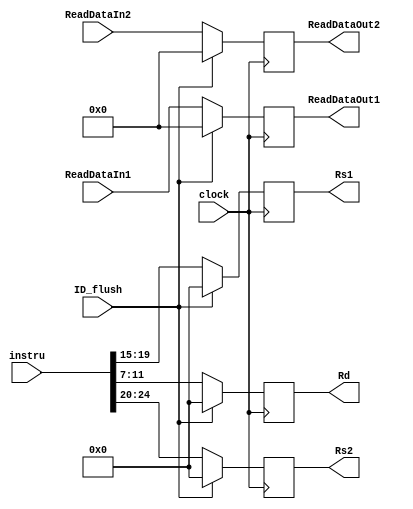
`timescale 1ns / 1ps

module ID_EX(
    input clock, 
    input ID_flush,
    input [63:0] ReadDataIn1, 
    input [63:0] ReadDataIn2,
    input [31:0] instru,
    output reg [63:0] ReadDataOut1,
    output reg [63:0] ReadDataOut2,
    output reg [4:0] Rs1,
    output reg [4:0] Rs2,
    output reg [4:0] Rd
);

initial
begin
    ReadDataOut1 = 0;
    ReadDataOut2 = 0;
    Rs1 = 0;
    Rs2 = 0;
    Rd = 0;
end

always @(posedge clock)
begin
    if (ID_flush == 1) begin
        ReadDataOut1 = 0;
        ReadDataOut2 = 0;
        Rs1 = 0;
        Rs2 = 0;
        Rd = 0;
    end else begin
        ReadDataOut1 = ReadDataIn1;
        ReadDataOut2 = ReadDataIn2;
        Rs1 = instru[19:15];
        Rs2 = instru[24:20];
        Rd = instru[11:7];
    end

    $display("ID_flush = 0x%H", ID_flush);
    // $display("ReadDataOut1 = 0x%H", ReadDataOut1);
    // $display("ReadDataOut2 = 0x%H", ReadDataOut2);
    // $display("Rs1 = 0x%H", Rs1);
    // $display("Rs2 = 0x%H", Rs2);
    // $display("Rd = 0x%H", Rd);
end

endmodule

module ID_EX_control(
    input clock,
    input ID_flush,
    input i_Branch,
    input i_MemRead,
    input i_MemtoReg,
    input i_MemWrite,
    input i_ALUSrc,
    input i_RegWrite,
    input i_Jump,
    input [3:0] i_ALUcontrol,
    output reg o_Branch,
    output reg o_MemRead,
    output reg o_MemtoReg,
    output reg o_MemWrite,
    output reg o_ALUSrc,
    output reg o_RegWrite,
    output reg o_Jump,
    output reg [3:0] o_ALUcontrol
);

    initial
    begin
        o_Branch = 0;
        o_MemRead = 0;
        o_MemtoReg = 0;
        o_MemWrite = 0;
        o_ALUSrc = 0;
        o_RegWrite = 0;
        o_Jump = 0;
        o_ALUcontrol = 0;
    end

    always @(posedge clock)
    begin
        if (ID_flush == 0) begin
            o_Branch = i_Branch;
            o_MemRead = i_MemRead;
            o_MemtoReg = i_MemtoReg;
            o_MemWrite = i_MemWrite;
            o_ALUSrc = i_ALUSrc;
            o_RegWrite = i_RegWrite;
            o_Jump = i_Jump;
            o_ALUcontrol = i_ALUcontrol;
        end else begin
            o_Branch = 0;
            o_MemRead = 0;
            o_MemtoReg = 0;
            o_MemWrite = 0;
            o_ALUSrc = 0;
            o_RegWrite = 0;
            o_Jump = 0;
            o_ALUcontrol = 0;
        end
    end

endmodule


module ID_EX_imme(
    input clock,
    input ID_flush,
    input [63:0] immediate,
    output reg [63:0] immediate_out
);

    initial
    begin
        immediate_out = 0;
    end

    always @(posedge clock)
    begin
        if (ID_flush == 0) begin
            immediate_out = immediate;
        end else begin
            immediate_out = 0;
        end

        // $display("ID_flush: 0x%H", ID_flush);
        // $display("immediate: 0x%H", immediate);
        // $display("immediate_out: 0x%H", immediate_out);
    end

endmodule


module ID_EX_pc(
    input clock,
    input ID_flush,
    input [31:0] pc,
    output reg [31:0] pc_next
);

initial
begin
    pc_next = 0;
end

always @(posedge clock)
begin
    if (ID_flush == 0) begin
        pc_next = pc;
    end else begin
        pc_next = 0;
    end
end

endmodule